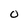
Character: 0